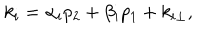
LaTeX: k _ { i } = \alpha _ { i } p _ { 2 } + \beta _ { i } p _ { 1 } + k _ { i \perp } ,